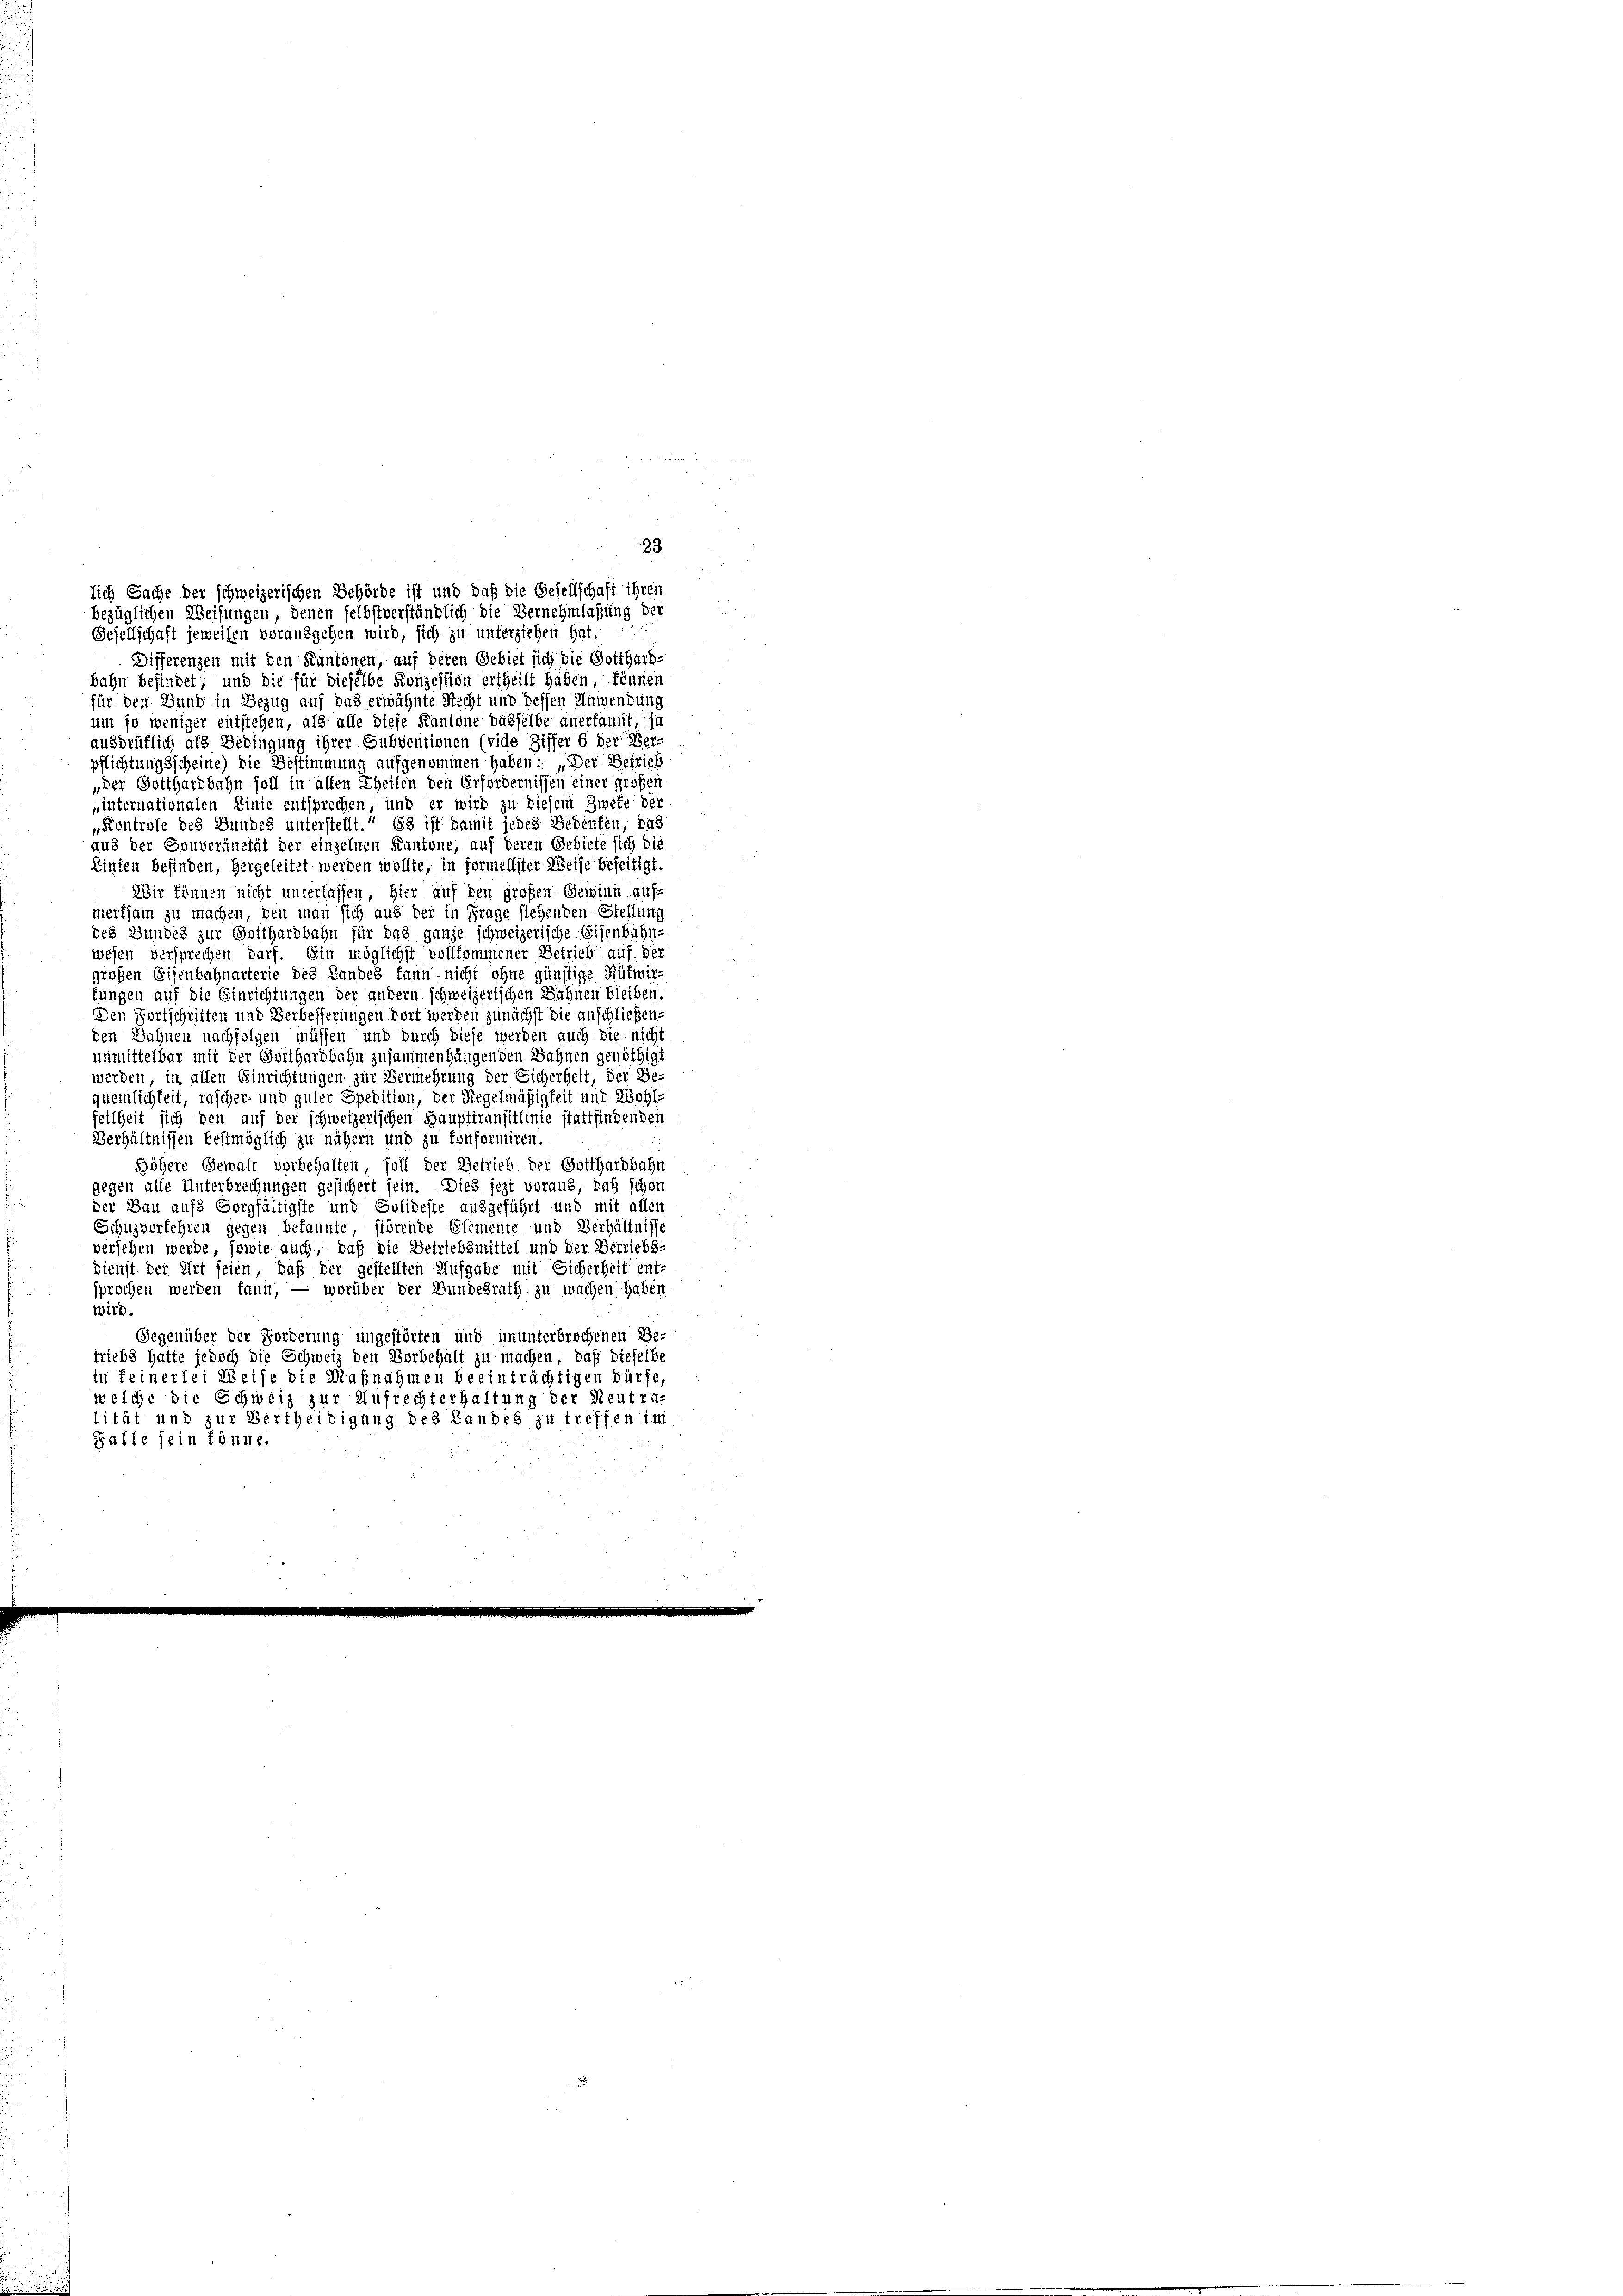
Gesellschaft jeweisen vorausgehen wird, sich zu unterziehen hat:
Differenzen mit den Kantonen, auf deren Gebiet sich die Gotthard-
bahn befindet, und die für dieselbe Konzession ertheilt haben, können
für den Bund in Bezug auf das erwähnte Recht und dessen Anwendung
um so weniger entstehen, als alle diese Kantone dasselbe anerkannt, in
ausdrüklich als Bedingung ihrer Subventionen (vide Ziffer 6 der Ver-
pflichtungsscheine) die Bestimmung aufgenommen haben: „Der Betrieb
„der Gotthardbahn soll in allen Theilen den Erfordernissen einer größer
internationalen Linie entsprechen, und er wird zu diesem Zwefe der
„Kontrole des Bundes unterstellt.“ 63 ist damit jedes Bedenten, das
aus der Gouveränetät der einzelnen Kantone, auf deren Gebiete sich die
Einten befinden, hergeleitet werden wollte, in formellster Weise beseitigt.
Wir können nicht unterlassen, hier auf den großen Gewinn auf-
merksam zu machen, den man sich aus der in Frage stehenden Stellung
des Bundes zur Gotthardbahn für das ganze schweizerische Eisenbahn-
wesen versprechen darf. Ein möglichst vollkommener Betrieb auf der
großen Eisenbahnarterie des Landes kann nicht ohne günstige Rütwir-
fungen auf die Einrichtungen der andern schweizerischen Sahnen bleiben.
Den Fortschritten und Verbesserungen dort werden zunächst die anschließenden Bahnen nachfolgen müssen und durch diese werden auch die nicht
unmittelbar mit der Gotthardbahn zusammenhängenden Bahnen genöthigt
werden, in allen Einrichtungen zur Vermehrung der Sicherheit, der Be-
quemlichkeit, rascher, und guter Spedition, der Riegelmäßigkeit und Wohl-
feilheit sich den auf der schweizerischen Haupttransitlinie stattfindenden
Verhältnissen bestmöglich zu nähern und zu fonformiren.
höhere Gewalt verbehalten, soll der Betrieb der Gotthardbahn
gegen alle Unterbrechungen gesichert sein. Dies jezt voraus, daß schon
der Bau aufs Sorgfältigste und Solideste ausgeführt und mit allen
Schuzverfehren gegen bekannte störende Stimente und Verhältnisse
versehen werde, sowie auch, daß die Betriebsmittel und der Betriebs-
Dienst der Art seien, daß der gestellten Aufgabe mit Sicherheit ent-
sprochen werden kann, — worüber der Bundesrath zu wachen. Haben
wird.
Gegenüber der Forderung ungestörten und ununterbrochenen Be-
triebs hatte jedoch die Schweiz den Vorbehalt zu machen, daß dieselbe
in feinerlei Weise die Maßnahmen beeinträchtigen dürfe,
welche die Schweiz zur Aufrechterhaltung der Reutra-
lität und zur Vertheidigung des Landes zu treffen im
Balle sein könne.

23
lich Sache der schweizerischen Behörde ist und daß die Gesellschaft ihren
bezüglichen Weisungen, denen selbstverständlich die Vernehmlassung der